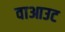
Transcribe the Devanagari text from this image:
वाआउट